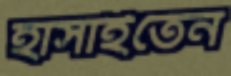
হাসাইতেন